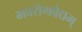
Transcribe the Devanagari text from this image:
भवरोगवैद्यम्